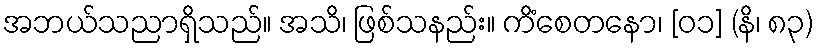
အဘယ်သညာရှိသည်။ အသိ၊ ဖြစ်သနည်း။ ကိံစေတနော၊ [၀၁] (နိ၊ ၈၃)